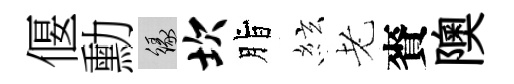
偃勳緣坎脂絃老賚隩